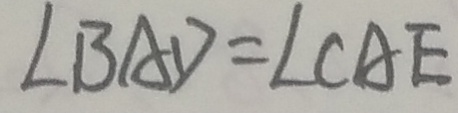
\angle B A D = \angle C A E